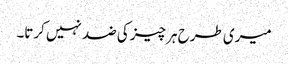
میری طرح ہر چیز کی ضد نہیں کرتا۔